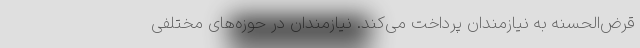
قرض‌الحسنه به نیازمندان پرداخت می‌کند. نیازمندان در حوزه‌های مختلفی